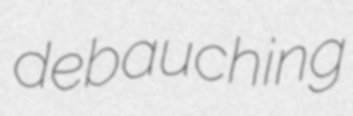
debauching